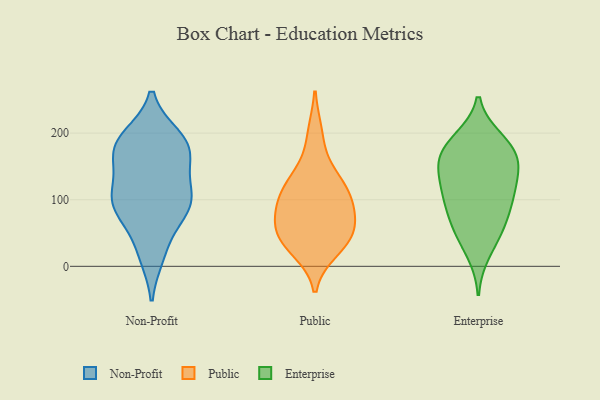
{"axis": {"x": "Production Output", "y": "Value"}, "legend": ["Enterprise", "Non-Profit", "Public"], "data": [{"x": "", "y": 188, "type": "Non-Profit"}, {"x": "", "y": 111, "type": "Non-Profit"}, {"x": "", "y": 193, "type": "Non-Profit"}, {"x": "", "y": 96, "type": "Non-Profit"}, {"x": "", "y": 104, "type": "Non-Profit"}, {"x": "", "y": 88, "type": "Non-Profit"}, {"x": "", "y": 81, "type": "Non-Profit"}, {"x": "", "y": 23, "type": "Non-Profit"}, {"x": "", "y": 74, "type": "Non-Profit"}, {"x": "", "y": 166, "type": "Non-Profit"}, {"x": "", "y": 17, "type": "Non-Profit"}, {"x": "", "y": 161, "type": "Non-Profit"}, {"x": "", "y": 177, "type": "Non-Profit"}, {"x": "", "y": 131, "type": "Non-Profit"}, {"x": "", "y": 175, "type": "Non-Profit"}, {"x": "", "y": 101, "type": "Non-Profit"}, {"x": "", "y": 194, "type": "Non-Profit"}, {"x": "", "y": 121, "type": "Public"}, {"x": "", "y": 198, "type": "Public"}, {"x": "", "y": 26, "type": "Public"}, {"x": "", "y": 138, "type": "Public"}, {"x": "", "y": 41, "type": "Public"}, {"x": "", "y": 118, "type": "Public"}, {"x": "", "y": 59, "type": "Public"}, {"x": "", "y": 93, "type": "Public"}, {"x": "", "y": 45, "type": "Public"}, {"x": "", "y": 92, "type": "Public"}, {"x": "", "y": 82, "type": "Public"}, {"x": "", "y": 43, "type": "Public"}, {"x": "", "y": 153, "type": "Enterprise"}, {"x": "", "y": 177, "type": "Enterprise"}, {"x": "", "y": 111, "type": "Enterprise"}, {"x": "", "y": 171, "type": "Enterprise"}, {"x": "", "y": 20, "type": "Enterprise"}, {"x": "", "y": 141, "type": "Enterprise"}, {"x": "", "y": 85, "type": "Enterprise"}, {"x": "", "y": 190, "type": "Enterprise"}, {"x": "", "y": 48, "type": "Enterprise"}, {"x": "", "y": 152, "type": "Enterprise"}, {"x": "", "y": 65, "type": "Enterprise"}, {"x": "", "y": 98, "type": "Enterprise"}, {"x": "", "y": 119, "type": "Enterprise"}, {"x": "", "y": 191, "type": "Enterprise"}, {"x": "", "y": 159, "type": "Enterprise"}, {"x": "", "y": 57, "type": "Enterprise"}, {"x": "", "y": 109, "type": "Enterprise"}]}